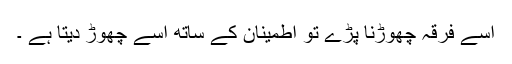
اسے فرقہ چھوڑنا پڑے تو اطمینان کے ساتھ اسے چھوڑ دیتا ہے ۔